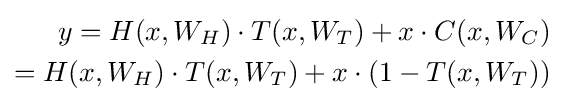
{\begin{aligned}y=H(x,W_{H})\cdot T(x,W_{T})+x\cdot C(x,W_{C})\\=H(x,W_{H})\cdot T(x,W_{T})+x\cdot (1-T(x,W_{T}))\end{aligned}}